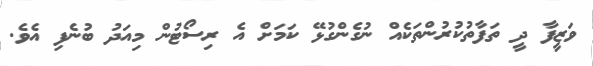
ވަޒީފާ ދީ ތަފާތުކުރުންތަކެއް ނުގެންގުޅޭ ކަމަށް އެ ރިސޯޓުން މިއަދު ބުނެފި އެވެ.